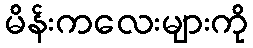
မိန်းကလေးများကို